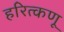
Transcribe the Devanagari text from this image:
हरित्कणू